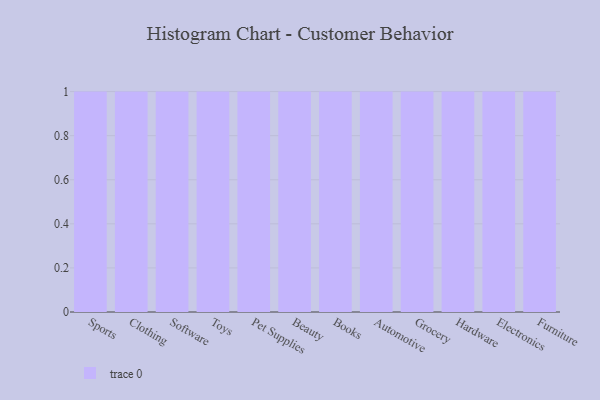
{"axis": {"x": "Category", "y": "Headcount"}, "legend": [""], "data": [{"x": "Sports", "y": 32, "type": ""}, {"x": "Clothing", "y": 86, "type": ""}, {"x": "Software", "y": 25, "type": ""}, {"x": "Toys", "y": 42, "type": ""}, {"x": "Pet Supplies", "y": 50, "type": ""}, {"x": "Beauty", "y": 68, "type": ""}, {"x": "Books", "y": 5, "type": ""}, {"x": "Automotive", "y": 48, "type": ""}, {"x": "Grocery", "y": 76, "type": ""}, {"x": "Hardware", "y": 26, "type": ""}, {"x": "Electronics", "y": 100, "type": ""}, {"x": "Furniture", "y": 75, "type": ""}]}